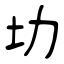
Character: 㘦